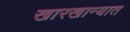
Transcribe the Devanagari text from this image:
खारखान्यात